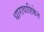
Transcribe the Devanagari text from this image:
धारावाहिकेत